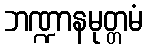
ဘဏ္ဍာနမုတ္တမံ